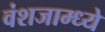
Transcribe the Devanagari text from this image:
वंशजाम्ध्ये